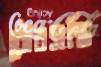
বৌবসন্তি